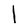
Character: I